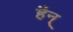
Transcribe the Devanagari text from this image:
हैन्